Annual statistical returns and brief notes on vaccination in Bengal - 1896-1909
Year: 1896
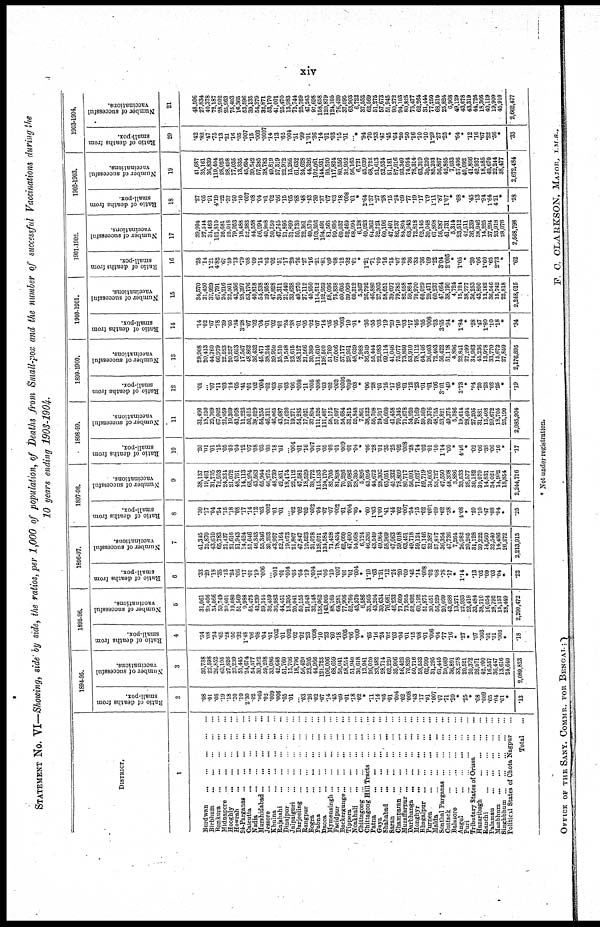
xiv
STATEMENT NO. VI—Showing, side by side, the ratios, per 1,000 of population, of Deaths from Small-pox and the number of successful Vaccinations during the
10 years ending 1903-1904
DISTRICT.
1
Burdwan
...
...
...
...
...
Birbhum
...
...
...
...
...
Bankura
...
...
...
...
...
Midnapore ... ... ... ... ...
Hooghly ... ... ... ... ...
Howrah
...
...
...
...
...
24-Parganas
...
...
...
...
...
Calcutta
...
...
...
...
...
Nadia
...
...
...
...
...
Murshidabad
...
...
...
...
...
Jessore
...
...
...
...
...
Khulna
...
...
...
...
...
Rajshahi
...
...
...
...
...
Dinajpur
...
...
...
...
...
Jalpaiguri
...
...
...
...
...
Darjeeling
...
...
...
...
...
Rangpur
...
...
...
...
...
Bogra
...
...
...
...
...
Pabna
...
...
...
...
...
Dacca
...
...
...
...
...
Mymensingh
...
...
...
...
...
Faridpur
...
...
...
...
...
Backergunge
...
...
...
...
...
Tippera
...
...
...
...
...
Noakhali
...
...
...
...
...
Chittagong ... ... ... ... ...
Chittagong Hill Tracts ... ... ...
Patna
...
...
...
...
...
Gaya
...
...
...
...
...
Shahabad
...
...
...
...
...
Saran
...
...
...
...
...
Champaran ... ... ... ... ...
Muzaffarpur
...
...
...
...
...
Darbhanga
...
...
...
...
...
Monghyr
...
...
...
...
...
Bhagalpur
...
...
...
...
...
Purnea
...
...
...
...
...
Malda
...
...
...
...
...
Sonthal Parganas ... ... ... ...
Cuttack
...
...
...
...
...
Balasore
...
...
...
...
...
Angul
...
...
...
...
...
Puri
...
...
...
...
...
Tributary States of Orissa
...
...
Hazaribagh
...
...
...
...
...
Ranchi
...
...
...
...
...
Palamau
...
...
...
...
...
Manbhum
...
...
...
...
...
Singhbhum
...
...
...
...
...
Political States of Chota Nagpur ...
Total ...
1894-95.
Ratio of deaths from
small-pox.
2
.08
.01
.08
.19
.18
.20
.10
2.30
.02
.005
.02
.009
.006
.05
.01
... .03
.26
.02
.07
.14
.45
.09
.01
.18
02
*
.11
.14
.05
.01
.004
.02
.008
.43
.17
.01
.007
.07
.71
.20
*
.25
*
.08
.009
.05
.04
.01
*
.13
Number of successful
vaccinations.
3
39,738
22,598
26,852
63,105
27,826
23,239
51,445
24,674
54,577
39,322
59,208
33,086
42,648
51,760
15,706
18,796
56,420
23,205
44,966
121,723
106,006
68,659
50,041
58,554
51,940
30,618
13,941
26,020
33,482
28,714
62,220
35,906
56,428
70,820
50,716
58,533
62,999
31,295
61,445
20,089
36,801
33,278
20,521
20,372
26,071
42,200
16,557
36,447
13,616
24,640
2,089,823
1895-96.
Ratio of deaths from
small-pox.
4
.34
.08
.24
.65
.28
.50
.32
1.48
.06
.08
.04
.01
.002
.01
.002
.02
.02
.23
.008
.10
.23
.60
.18
.005
.06
.009
*
.65
.16
.24
.02
.03
.04
.01
.15
.08
.01
.006
.04
.77
.16
*
.27
*
.07
.003
.01
.01
.003
*
.18
Number of successful
vaccinations.
5
31,061
20,406
34,066
59,749
20,601
19,080
51,569
9,988
55,475
42,239
59,344
36,459
36,983
44,451
18,395
20,041
50,155
21,048
32,148
138,062
143,005
88,165
64,281
77,906
52,764
43,570
6,586
35,565
43,204
39,634
76,681
46,233
71,609
73,955
52,892
60,192
51,875
30,451
56,529
20,099
43,688
13,271
22,933
23,418
33,484
38,710
16,054
28,792
15,157
28,449
2,200,472
1896-97.
Ratio of deaths from
small-pox.
6
.33
.29
.18
.35
.13
.24
.06
.17
.01
.19
.006
...
.001
.01
.004
.03
.04
.19
*.004
.11
.06
.10
.007
.01
.01
.004
*
1.10
.63
1.51
.12
.24
.20
.09
.42
.14
.008
.02
.08
.78
.17
*
1.14
*
.13
.02
.09
.03
.04
*
.22
Number of successful
vaccinations.
7
41,345
25,870
43,610
65,783
21,437
21,616
51,943
14,424
51,046
46,343
55,346
30,293
43,957
52,164
19,073
21,867
47,847
19,523
31,078
128,071
134,584
71,428
78,434
62,660
47,490
54,668
6,724
46,336
43,549
49,964
58,969
47,063
59,018
63,451
49,718
59,124
61,146
32,387
57,817
36,354
47,736
7,264
26,982
20,205
31,128
39,222
14,560
32,540
14,486
26,272
2,213,915
1897-98.
Ratio of deaths from
small-pox.
8
.30
.17
.04
.24
.15
.18
.08
.17
.14
.12
.03
.002
.01
.01
... .02
.02
.02
.002
.04
.07
.07
.002
.01
.004
.05
*
.60
1.03
1.00
.41
.44
.02
.007
.54
.15
.02
.001
.09
.62
.38
*
4.08
*
.20
.10
.47
.08
.04
*
.25
Number of successful
vaccinations.
9
38,137
19,461
31,735
72,503
24,334
21,072
48,761
14,113
65,204
43,563
65,944
46,275
48,739
42,851
18,474
22,112
47,681
18,529
38,772
115,133
124,170
85,705
81,898
70,226
29,682
28,395
5,826
43,056
44,672
28,302
65,051
45,332
78,809
80,717
56,091
71,627
59,719
34,605
53,727
47,550
48,308
3,886
33,533
28,577
30,182
39,079
14,831
34,021
14,992
18,854
2,244,716
1898-99.
Ratio of deaths from
small-pox.
10
.20
.01
.01
.15
.05
.03
.04
.12
.07
.08
.03
.03
.18
.01
... .004
.01
.16
.007
.01
.05
.08
.01
.009
.01
.04
*
.06
.28
.01
.35
.25
.02
.008
.28
.14
.02
.01
.10
1.14
.60
*
4.46
*
.02
.06
.38
.06
.16
*
.17
Number of successful
vaccinations.
11
31,490
18,250
25,769
67,002
21,959
19,369
43,068
11,223
50,015
38,029
54,255
46,311
46,065
43,687
17,620
19,271
54,286
17,021
37,894
111,526
111,487
58,175
57,097
54,684
31,815
55,848
7,861
38,522
55,708
24,917
55,660
41,458
70,345
71,678
54,920
79,169
59,569
29,376
48,755
53,821
49,375
5,386
19,614
28,494
27,205
31,881
15,408
29,672
18,705
25,190
2,085,904
1899-1900.
Ratio of deaths from
small-pox.
12
.01
...
.07
.11
.03
.14
.05
.41
.01
.02
.004
.02
.03
.01
.03
.06
.008
.11
.005
.008
.03
.02
.002
.0005
.009
.03
*
.06
.28
.01
.16
.17
.05
.01
.12
.23
.01
.01
.06
3.01
.49
.
3.73
*
.04
.20
.23
.02
.25
*
.19
Number of successful
vaccinations.
13
29,908
20,413
44,760
66,979
22,523
20,257
43,653
17,567
48,862
36,432
45,471
38,244
39,950
35,510
19,548
23,615
58,127
21,566
30,389
111,610
136,500
51,769
67,006
57,177
29,951
48,629
7,988
36,349
55,444
22,983
69,114
41,046
75,077
73,850
53,910
78,112
64,146
26,003
72,403
56,422
51,118
4,896
22,841
27,299
34,963
45,236
13,978
33,770
15,672
27,859
2,176,895
1900-1901.
Ratio of deaths from
small-pox.
14
.14
.02
.67
.78
.39
.65
.34
3.28
.07
.02
.04
.01
.02
.01
.24
.38
.01
.05
.02
.07
.14
.05
.05
.003
.10
.01
*
.36
.55
.03
.19
.29
.10
.03
.17
.46
.05
.008
.03
3.65
.94
*
1.84
*
.28
.47
1.80
.10
.18
*
.34
Number of successful
vaccinations.
15
34,570
21,450
37,929
67,791
24,216
22,501
43,356
28,397
53,176
40,818
54,538
39,958
47,828
39,311
21,440
33,638
49,270
27,112
40,950
114,512
162,959
58,036
75,838
60,605
39,060
60,312
5,367
26,792
46,880
27,303
68,651
39,697
79,785
82,058
59,884
70,970
60,029
29,471
60,237
47,664
38,190
4,724
15,124
38,277
36,253
43,800
12,182
36,546
15,742
22,818
2,248,015
1901-1902.
Ratio of deaths from
small-pox.
16
.28
14
1.21
4.82
.67
.59
.73
.79
.08
.09
.15
.03
.02
.51
.17
.29
.76
.27
.16
.21
.81
.09
.08
.12
.32
.01
*
1.21
.71
.09
.16
.15
.07
.08
.36
.33
.36
.09
.22
3.04
2.005
*
1.05
*
.30
.06
1.60
.65
2.78
*
.62
Number of successful
vaccinations.
17
39,994
27,544
34,463
101,810
26,681
25,018
79,953
18,488
52,383
44,558
56,094
40,908
50,750
47,745
21,895
31,899
50,730
22,361
49,570
103,306
194,491
81,565
99,895
69,037
52,469
68,994
6,128
49,023
64,362
32,721
60,106
47,401
86,737
84,804
63,943
72,818
62,145
30,048
67,808
56,287
41,731
5,314
23,512
42,511
36,239
38,946
14,325
37,294
23,918
28,076
2,568,798
1902-1903.
Ratio of deaths from
small-pox.
18
.27
.05
.91
4.19
.22
.37
.50
.10
.007
.08
.04
.01
.02
.56
.15
.05
.88
.48
.43
.30
.37
.07
.03
.18
.008
.01
*
2.64
1.37
.27
.28
.15
.24
.09
.77
.19
.17
.09
1.11
.87
1.07
*
.68
*
.45
.13
.94
1.64
421
*
.58
Number of successful
vaccinations.
19
41,687
35,161
36,839
119,404
28,023
28,498
77,035
13,335
45,604
39,542
57,285
38,783
49,819
57,319
22,972
15,265
61,632
24,628
44,326
102,061
144,931
95,520
117,824
80,556
32,952
56,165
6,721
45,039
68,722
51,613
52,534
51,181
87,016
93,340
74,054
78,314
63,319
30,220
85,203
56,867
42,865
7,033
57,406
40,092
41,866
42,937
18,585
49,670
22,244
38,477
2,672,484
1903-1904.
Ratio of deaths from
small-pox.
20
.42
.82
.47
.75
.13
.21
.16
.05
.007
.15
.002
.0007
.14
.13
.62
.004
.51
.99
1.01
.36
.14
.01
.03
.15
.01
... *
.94
.70
.33
.47
.45
.64
.20
.50
.16
.10
.10
1.29
.27
.25
*
.64
*
.12
.16
.67
.22
.56
*
.33
Number of successful
vaccinations.
21
48,506
27,834
40,378
72,187
28,902
25,963
76,403
16,365
53,596
39,135
54,379
32,871
53,170
41,001
25,470
13,983
75,744
25,769
47,243
97,698
158,658
120,879
124,105
76,420
37,095
63,903
6,722
37,652
62,569
51,275
57,673
51,945
90,272
94,103
80,825
75,477
62,264
31,444
77,250
68,510
26,824
6,968
49,129
43,678
43,319
44,726
18,366
40,119
19,900
45,910
2,662,477
* Not under registration.
OFFICE OF THE SANY. COMMR. FOR BENGAL;
F. C. CLARKSON, MAJOR, I.M.S.,